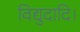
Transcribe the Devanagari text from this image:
विद्युदादि।